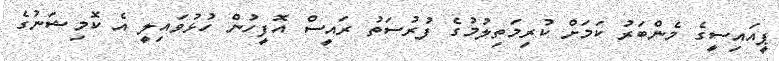
ޕީއައިސީގެ މެންބަރު ކަމަށް ކުރިމަތިލުމުގެ ފުރުސަތު ރައީސް އޮފީހުން ހުޅުވައިލީ އެ ކޮމިޝަނުގެ